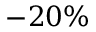
- 2 0 \%